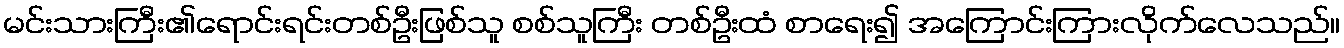
မင်းသားကြီး၏ရောင်းရင်းတစ်ဦးဖြစ်သူ စစ်သူကြီး တစ်ဦးထံ စာရေး၍ အကြောင်းကြားလိုက်လေသည်။